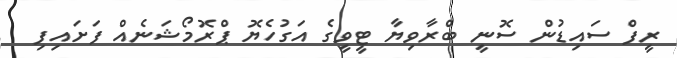
ރީފް ސައިޑުން ސޮނީ ބްރާވިޔާ ޓީވީގެ އަގުހެޔޮ ޕްރޮމޯޝަނެއް ފަށައިފި